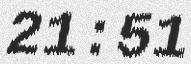
21:51